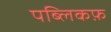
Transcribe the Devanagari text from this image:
पब्लिकफ़